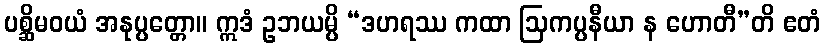
ပစ္ဆိမဝယံ အနုပ္ပတ္တော။ ဣဒံ ဥဘယမ္ပိ “ဒဟရဿ ကထာ ဩကပ္ပနီယာ န ဟောတီ”တိ ဧတံ